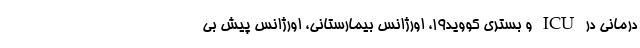
درمانی در ICU و بستری کووید۱۹، اورژانس بیمارستانی، اورژانس پیش بی